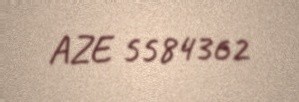
AZE 5584362